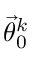
\vec { \theta } _ { 0 } ^ { k }